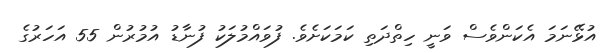
އުޅޭނަމަ އެކަންވެސް ވަނީ ހިތްދަތި ކަމަކަށެވެ. ފުވައްމުލަކު ފުނާޑު އުމުރުން 55 އަހަރުގެ